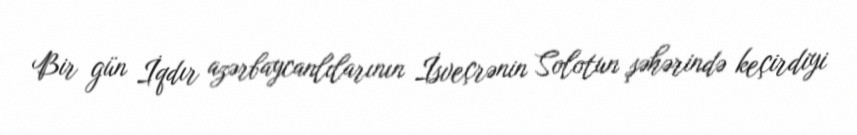
Bir gün İqdır azərbaycanlılarının İsveçrənin Solotun şəhərində keçirdiyi